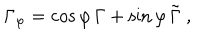
\Gamma _ { \varphi } = \cos \varphi \, \Gamma + \sin \varphi \, \tilde { \Gamma } \ ,